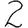
Digit: 2